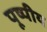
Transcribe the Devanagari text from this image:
पूष्पीय